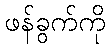
ဖန်ခွက်ကို